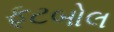
ફૂટબોલ